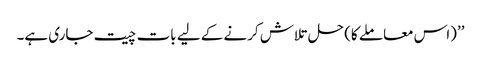
’’(اس معاملے کا) حل تلاش کرنے کے لیے بات چیت جاری ہے۔